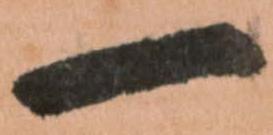
一